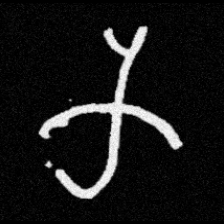
Pyu character \u2014 Myanmar letter: က (romanized: ka)